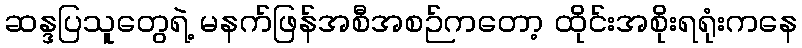
ဆန္ဒပြသူတွေရဲ့ မနက်ဖြန်အစီအစဉ်ကတော့ ထိုင်းအစိုးရရုံးကနေ